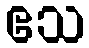
ဧသ